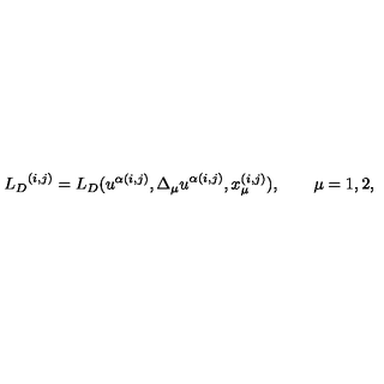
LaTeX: { { L } _ { D } } ^ { ( i , j ) } = { L } _ { D } ( u ^ { \alpha ( i , j ) } , { \Delta _ { \mu } u } ^ { \alpha ( i , j ) } , x _ { \mu } ^ { ( i , j ) } ) , \qquad \mu = 1 , 2 ,